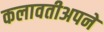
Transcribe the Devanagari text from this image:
कलावतीअपने